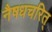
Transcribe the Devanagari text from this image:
नैषधचरित्‌